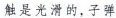
触是光滑的，子弹